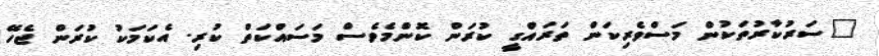
"ސަރުކާރުތަކުން މަސްވެރިކަން ތަރައްގީ ކުރަން ކޮންމެވެސް މަސައްކަތް ކުރި. އެކަމަކު ކުރަން ޖެހޭ